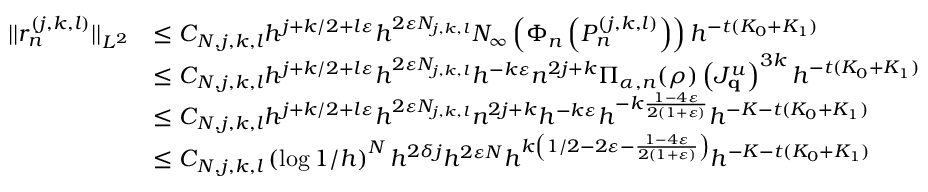
\begin{array} { r l } { | | r _ { n } ^ { ( j , k , l ) } | | _ { L ^ { 2 } } } & { \leq C _ { N , j , k , l } h ^ { j + k / 2 + l \varepsilon } h ^ { 2 \varepsilon N _ { j , k , l } } N _ { \infty } \left( \Phi _ { n } \left( P _ { n } ^ { ( j , k , l ) } \right) \right) h ^ { - t ( K _ { 0 } + K _ { 1 } ) } } \\ & { \leq C _ { N , j , k , l } h ^ { j + k / 2 + l \varepsilon } h ^ { 2 \varepsilon N _ { j , k , l } } h ^ { - k \varepsilon } n ^ { 2 j + k } \Pi _ { \alpha , n } ( \rho ) \left( J _ { \mathbf { q } } ^ { u } \right) ^ { 3 k } h ^ { - t ( K _ { 0 } + K _ { 1 } ) } } \\ & { \leq C _ { N , j , k , l } h ^ { j + k / 2 + l \varepsilon } h ^ { 2 \varepsilon N _ { j , k , l } } n ^ { 2 j + k } h ^ { - k \varepsilon } h ^ { - k \frac { 1 - 4 \varepsilon } { 2 ( 1 + \varepsilon ) } } h ^ { - K - t ( K _ { 0 } + K _ { 1 } ) } } \\ & { \leq C _ { N , j , k , l } \left( \log 1 / h \right) ^ { N } h ^ { 2 \delta j } h ^ { 2 \varepsilon N } h ^ { k \left( 1 / 2 - 2 \varepsilon - \frac { 1 - 4 \varepsilon } { 2 ( 1 + \varepsilon ) } \right) } h ^ { - K - t ( K _ { 0 } + K _ { 1 } ) } } \end{array}